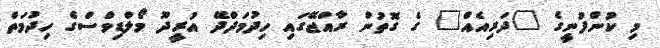
މި ކުންފުނީގެ "ދަރިއެއް" ގެ ގޮތުން ރާއްޖޭގައި ހިދުމަދްދޭ އުރީދޫ މޯލްޑިވްސްގެ ހިދުމަތް